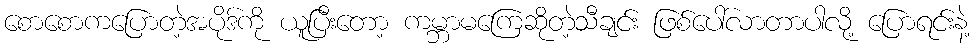
စောစောကပြောတဲ့အပိုဒ်ကို ယူပြီးတော့ ကမ္ဘာမကြေဆိုတဲ့သီချင်း ဖြစ်ပေါ်လာတာပါလို့ ပြောရင်းနဲ့